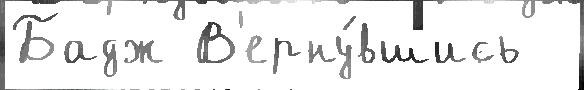
Бадж В'ерну́вшись